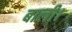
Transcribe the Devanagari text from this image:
बाली।